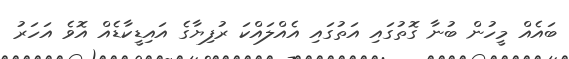
ބައެއް މީހުން ބުނާ ގޮތުގައި އަތުގައި އެއްލައްކަ ރުފިޔާގެ އައިޑީކާޑެއް އޮވެ އަހަރު